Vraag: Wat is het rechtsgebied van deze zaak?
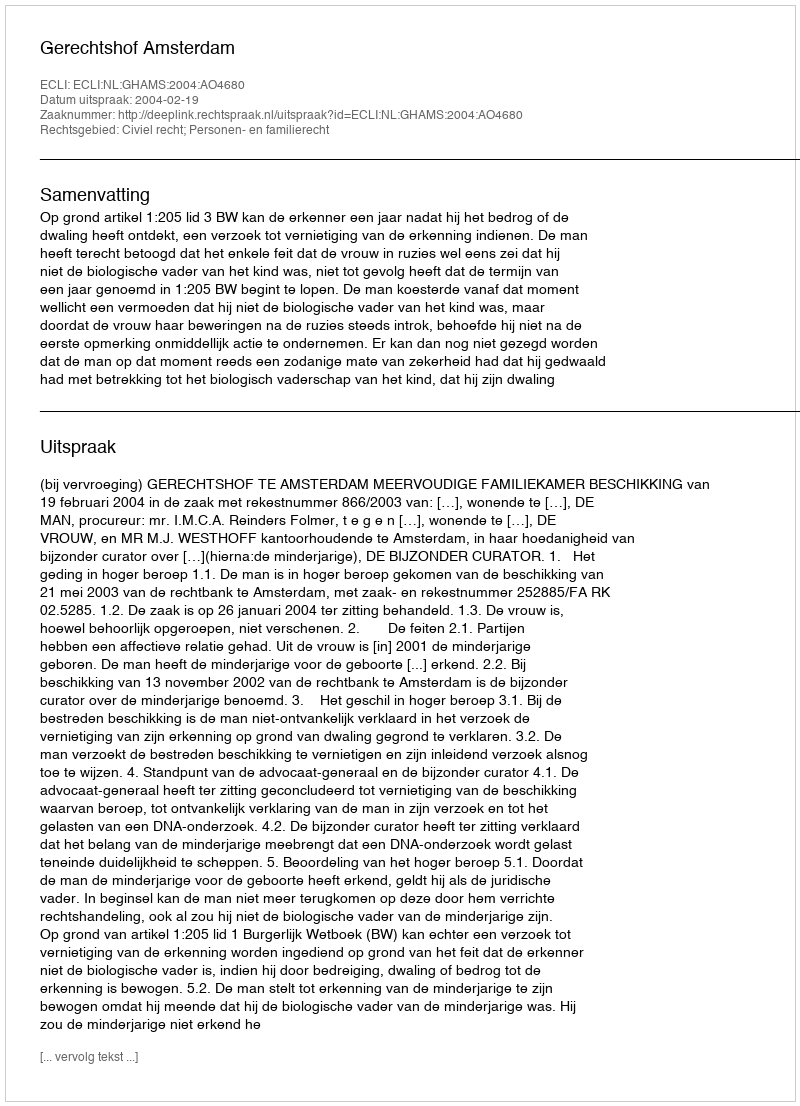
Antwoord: Civiel recht; Personen- en familierecht